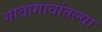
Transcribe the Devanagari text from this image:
गावागावांतल्या